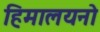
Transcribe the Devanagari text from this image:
हिमालयनो